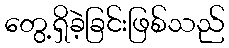
တွေ့ရှိခဲ့ခြင်းဖြစ်သည်